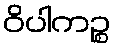
ဝိပါကဉ္စ